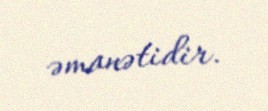
əmanətidir.